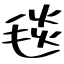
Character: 毯